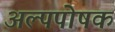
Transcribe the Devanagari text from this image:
अल्पपोषक